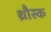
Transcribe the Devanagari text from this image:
थ्रौस्क